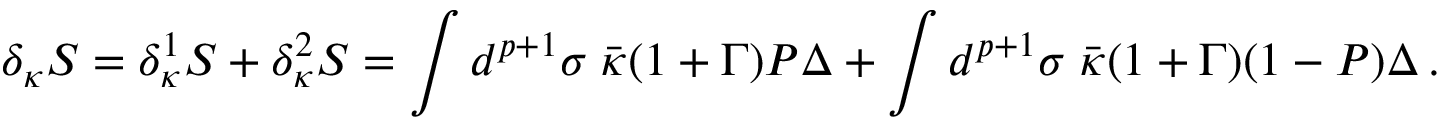
\delta _ { \kappa } S = \delta _ { \kappa } ^ { 1 } S + \delta _ { \kappa } ^ { 2 } S = \int d ^ { p + 1 } \sigma \; \bar { \kappa } ( 1 + \Gamma ) { \cal P } \Delta + \int d ^ { p + 1 } \sigma \; \bar { \kappa } ( 1 + \Gamma ) ( 1 - { \cal P } ) \Delta \, .